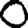
Digit: 0